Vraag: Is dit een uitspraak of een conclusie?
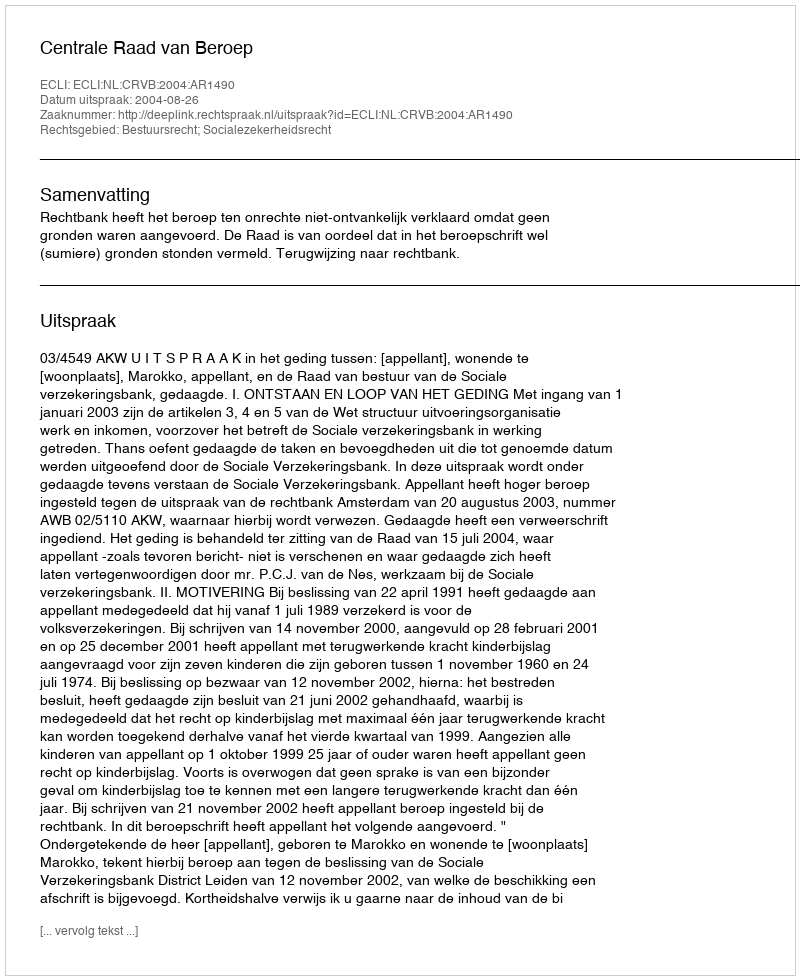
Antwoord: Uitspraak